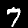
Label: 7